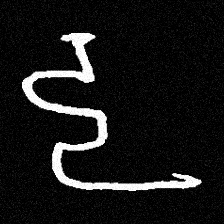
Pyu character \u2014 Myanmar letter: ဠ (romanized: lla)